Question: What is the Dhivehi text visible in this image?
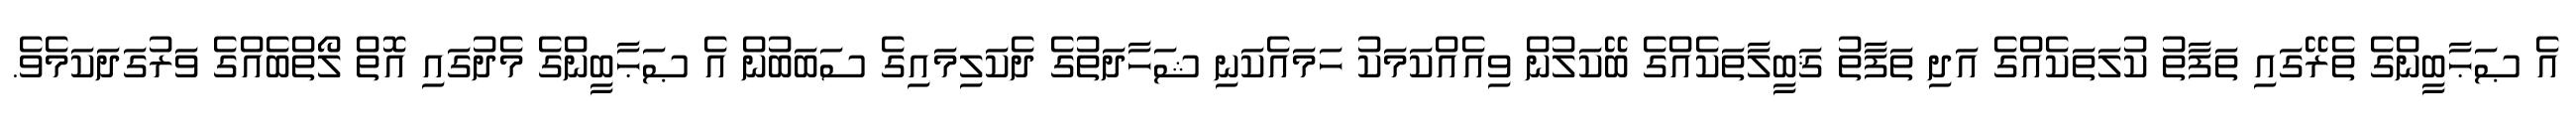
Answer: އެ ޞަޙާބީންގެ ތެރޭގައި ތަފާތު ކުލަތަކެއްގެ އަދި ތަފާތު ޤަބީލާތަކެއްގެ ބޭކަލުން ވިއެއްކަމަކު ހަމައެކަނި ޝަހާދަތުގެ ދެކަލިމައިގެ ސަބަބުން އެ ޞަޙާބީންގެ މެދުގައި އޮތް ލޯތްބެއްގެ ވަރުގަދަކަމެވެ.